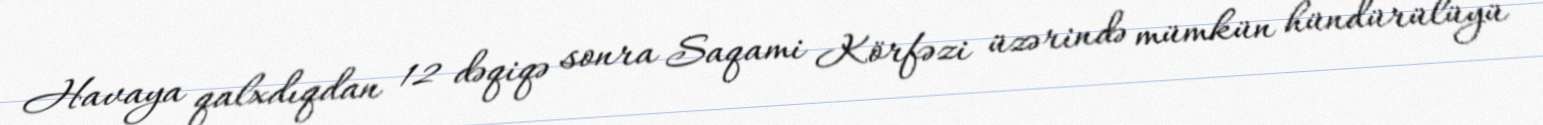
Havaya qalxdıqdan 12 dəqiqə sonra Saqami Körfəzi üzərində mümkün hündürülüyü